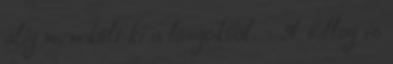
alig menekült ki a lángokból. - A billog is